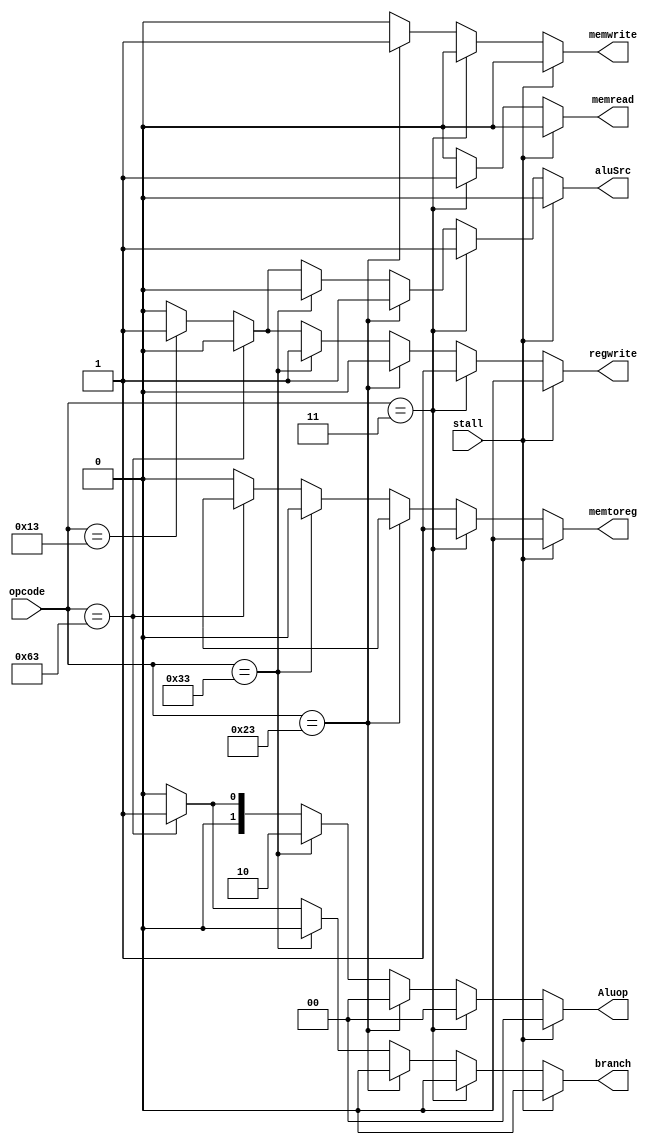
module CU(
  input [6:0] opcode,
  input stall, 
  
  output reg branch,
  output reg memread,
  output reg memtoreg,
  output reg memwrite,
  output reg aluSrc,
  output reg regwrite,
  output reg [1:0] Aluop);
  
  always @(*)
    begin
      
      if (opcode == 7'b0000011)
        begin
          aluSrc = 1'b1;
          memtoreg = 1'b1;
          regwrite = 1'b1;
          memread = 1'b1;
          memwrite = 1'b0;
          branch = 1'b0;
          Aluop =2'b00;
        end
      
      else if (opcode == 7'b0100011)
        begin
          aluSrc = 1'b1;
          memtoreg = 1'bx;
          regwrite = 1'b0;
          memread = 1'b0;
          memwrite = 1'b1;
          branch = 1'b0;
          Aluop =2'b00;
        end
      
      else if (opcode == 7'b0110011)
        begin
          aluSrc = 1'b0;
          memtoreg = 1'b0;
          regwrite = 1'b1;
          memread = 1'b0;
          memwrite = 1'b0;
          branch = 1'b0;
          Aluop =2'b10;
        end
      
      else if (opcode == 7'b1100011)
        begin
          aluSrc = 1'b0;
          memtoreg = 1'bx;
          regwrite = 1'b0;
          memread = 1'b0;
          memwrite = 1'b0;
          branch = 1'b1;
          Aluop =2'b01;
        end
      else if (opcode == 7'b0010011)
        begin
          aluSrc = 1'b1;
          memtoreg = 1'b0;
          regwrite = 1'b1;
          memread = 1'b0;
          memwrite = 1'b0;
          branch = 1'b0;
          Aluop =2'b00;
        end
      
      else //default case
        begin
          aluSrc = 1'b0;
          memtoreg = 1'b0;
          regwrite = 1'b0;
          memread = 1'b0;
          memwrite = 1'b0;
          branch = 1'b0;
          Aluop =2'b00;
        end
      
      if (stall == 1'b1)
        begin
          aluSrc = 1'b0;
          memtoreg = 1'b0;
          regwrite = 1'b0;
          memread = 1'b0;
          memwrite = 1'b0;
          branch = 1'b0;
          Aluop =2'b00;
        end
 
    end
endmodule